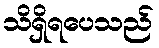
သိရှိရပေသည်